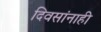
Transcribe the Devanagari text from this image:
दिवसांनाही